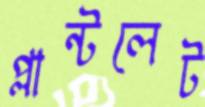
প্লান্টলেট